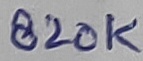
Text: 820K